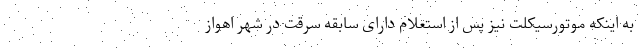
به اینکه موتورسیکلت نیز پس از استعلام دارای سابقه سرقت در شهر اهواز